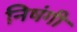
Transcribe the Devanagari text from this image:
निषंगी